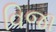
વિજા